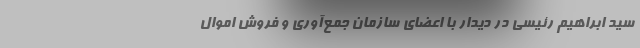
سید ابراهیم رئیسی در دیدار با اعضای سازمان جمع‌آوری و فروش اموال